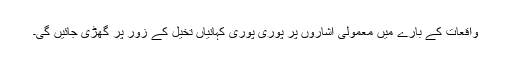
واقعات کے بارے میں معمولی اشاروں پر پوری پوری کہانیاں تخیل کے زور پر گھڑی جائیں گی۔